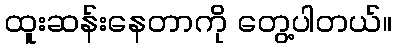
ထူးဆန်းနေတာကို တွေ့ပါတယ်။